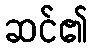
ဆင်၏